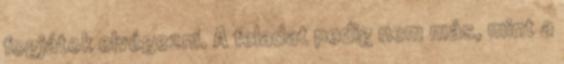
fogjátok elvégezni. A feladat pedig nem más, mint a